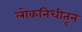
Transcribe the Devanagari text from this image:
लोकनिधीतून